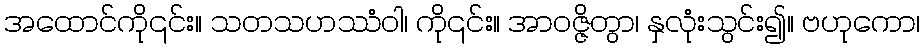
အထောင်ကို၎င်း။ သတသဟဿံဝါ၊ ကို၎င်း။ အာဝဇ္ဇိတွာ၊ နှလုံးသွင်း၍။ ဗဟုကော၊